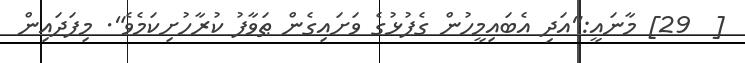
[  29] މާނައީ:"އަދި އެބައިމީހުން ގެފުޅުގެ ވަށައިގެން ޠަވާފު ކުރާހުށިކަމެވެ". މިފަދައިން